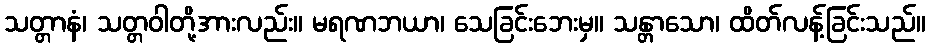
သတ္တာနံ၊ သတ္တဝါတို့အားလည်း။ မရဏဘယာ၊ သေခြင်းဘေးမှ။ သန္တာသော၊ ထိတ်လန့်ခြင်းသည်။